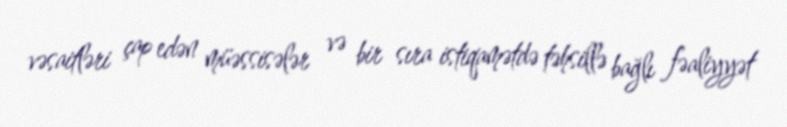
vəsaitləri çap edən müəssisələr və bir sıra istiqamətdə təhsillə bağlı fəaliyyət